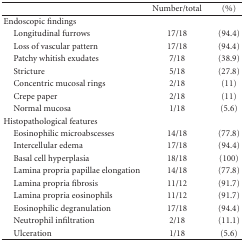
<table><thead><tr><td><b> </b></td><td><b>Number/total</b></td><td><b>(%)</b></td></tr></thead><tbody><tr><td>Endoscopic findings</td><td> </td><td> </td></tr><tr><td> Longitudinal furrows</td><td>17/18</td><td>(94.4)</td></tr><tr><td> Loss of vascular pattern</td><td>17/18</td><td>(94.4)</td></tr><tr><td> Patchy whitish exudates</td><td>7/18</td><td>(38.9)</td></tr><tr><td> Stricture</td><td>5/18</td><td>(27.8)</td></tr><tr><td> Concentric mucosal rings</td><td>2/18</td><td>(11)</td></tr><tr><td> Crepe paper</td><td>2/18</td><td>(11)</td></tr><tr><td> Normal mucosa</td><td>1/18</td><td>(5.6)</td></tr><tr><td>Histopathological features</td><td> </td><td> </td></tr><tr><td> Eosinophilic microabscesses</td><td>14/18</td><td>(77.8) </td></tr><tr><td> Intercellular edema</td><td>17/18</td><td>(94.4) </td></tr><tr><td> Basal cell hyperplasia</td><td>18/18</td><td>(100) </td></tr><tr><td> Lamina propria papillae elongation</td><td>14/18</td><td>(77.8)</td></tr><tr><td> Lamina propria fibrosis</td><td>11/12</td><td>(91.7) </td></tr><tr><td> Lamina propria eosinophils</td><td>11/12</td><td>(91.7)</td></tr><tr><td> Eosinophilic degranulation</td><td>17/18</td><td>(94.4)</td></tr><tr><td> Neutrophil infiltration</td><td>2/18</td><td>(11.1) </td></tr><tr><td> Ulceration</td><td>1/18</td><td>(5.6) </td></tr></tbody></table>